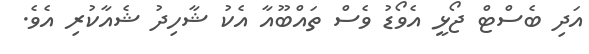
އަދި ބެސްޓް ޖޯޅީ އެވޯޑު ވެސް ތައްބޫއާ އެކު ޝާހިދު ޝެއާކުރި އެވެ.